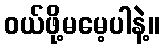
ဝယ်ဖို့မမေ့ပါနဲ့။